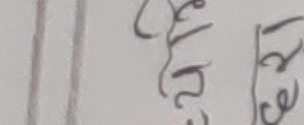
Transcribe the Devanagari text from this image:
तेस्रो केले